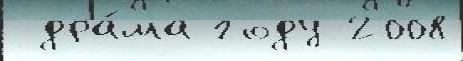
 дра́ма году 2008